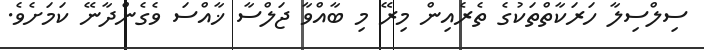
ސިލްސިލާ ހަރަކާތްތަކުގެ ތެރެއިން މިރޭ މި ބާއްވާ ޖަލްސާ ޚާއްސަ ވެގެންދާނޭ ކަމަށެވެ.